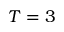
T = 3